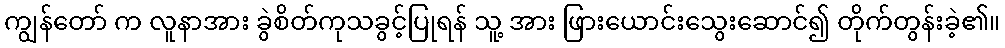
ကျွန်တော် က လူနာအား ခွဲစိတ်ကုသခွင့်ပြုရန် သူ့ အား ဖြားယောင်းသွေးဆောင်၍ တိုက်တွန်းခဲ့၏။